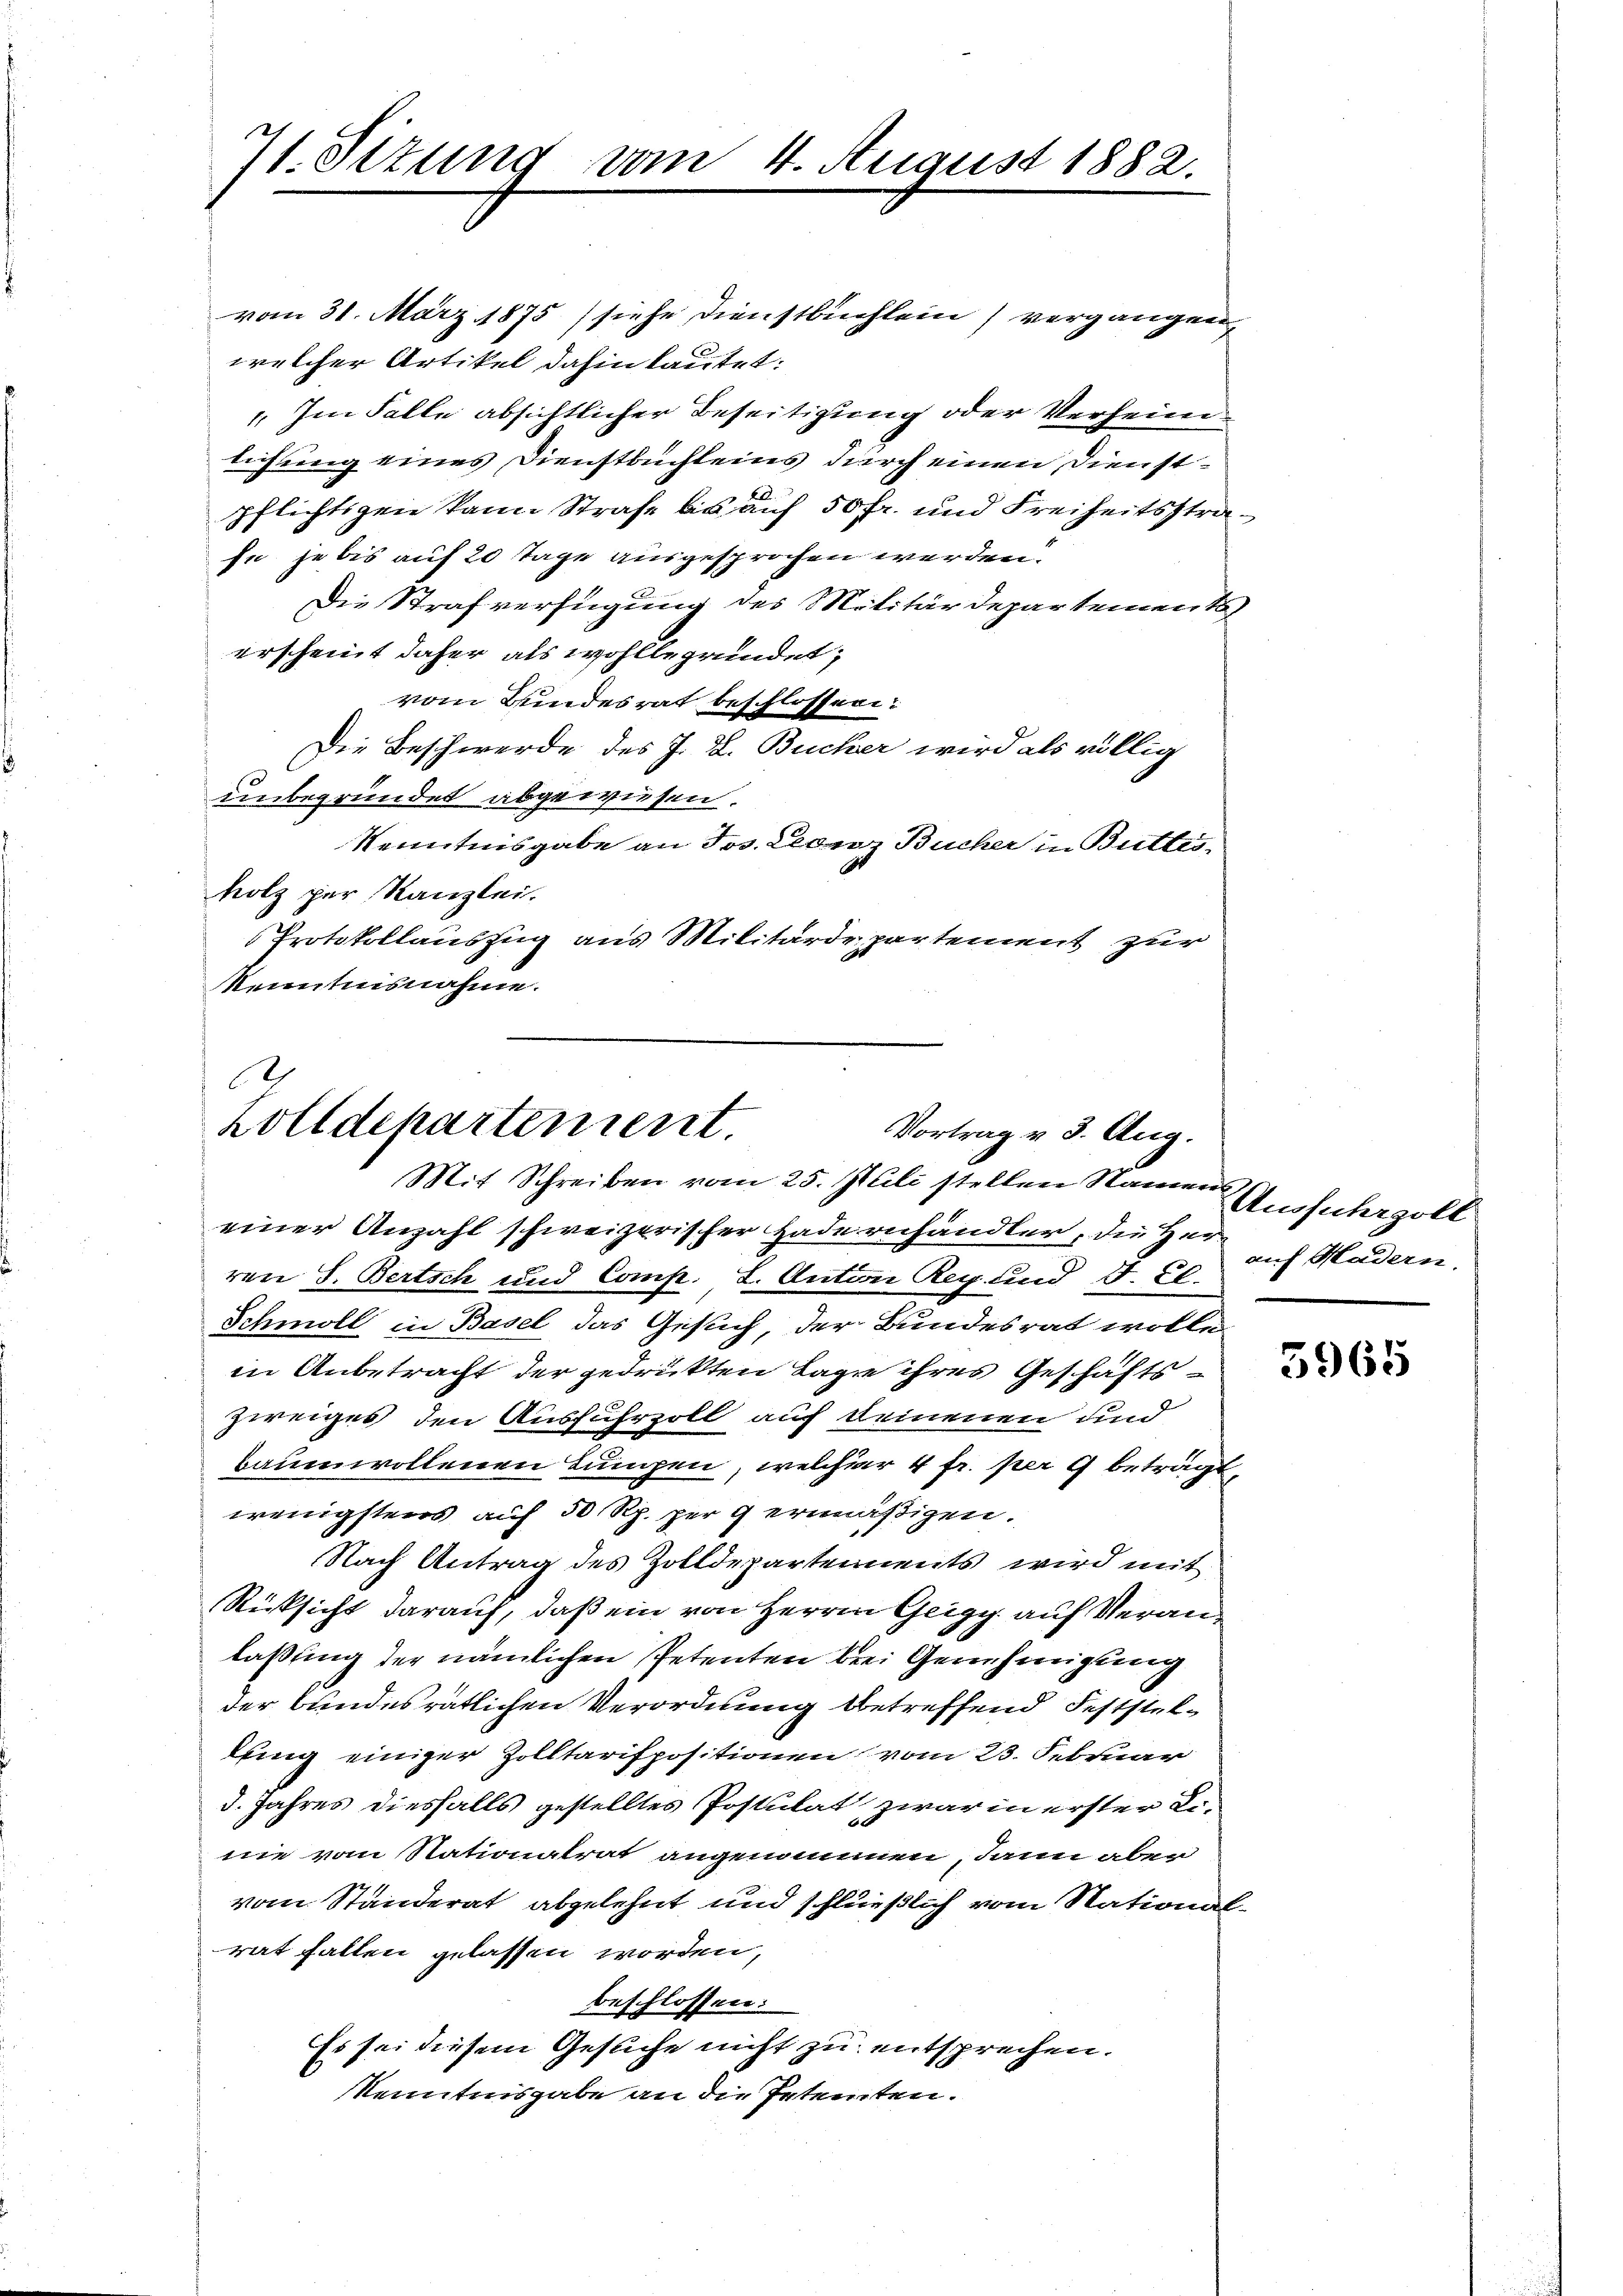
71. Sizung vom 4. August 1882.

vom 31. März 1875 (siehe Dienstbuchlein vergangen
welcher Artikel dahin lautet:
 Im Falle absichtlicher Beseitigung oder Verheim
lichung eines Dienstbuchleins durch einen Dienstpflichtigen kann Strafe bis auf 50 fr. und Freiheitsstrase je bis auf 20 Tage ausgesprochen werden.
Die Strafverfügung des Militärdepartements
erscheint daher als wohlbegründet;
vom Bundesrat beschlossen:
Die Beschwerde des J. L. Bucher wird als völlig
unbegründet abgewiesen.
Kenntnisgabe an Jos. Leonz Bucher in Buttes-
holz per Kanzlei.
Protokollauszug aus Militärdepartement zur
kenntnisnahme.

einer Anzahl schweizerischer Hadernhändler, die Her-
ven S. Bertsch und Comp. I. Anton Reg. und V. Cl.
Schmoll in Basel das Gesuch, der Bundesrat wolle
in Anbetracht der gedruckten Lage ihres Geschäftszweiges den Ausfuhrzoll auf Deinenen und
baumwollenen Lumpen, welcher 4 fr. per 9 beträgt
wenigstens auf 50 Rp. per 9 ermäßigen.
Nach Antrag des Zolldepartements wird mit
Rücksicht darauf, daß ein von Herren Geigy auf Veranlassung der nämlichen Petenten brei Genehmigung
der bundesrätlichen Verordnung betreffend Feststellling einiger Zolltarispositionen vom 23. Februar
3. Jahres diesfalls gestelltes Postulat zwar in erster Dinie vom Stationalrat angenommen, dann aber
vom Ständerat abgelehnt und schließlich vom Nationalrat fallen gelassen worden,
beschlossen:
Es sei diesem Gesuche nicht zu entsprechen.
Kenntnisgabe an die Petenten.

2
holldepartement.
Vortrag v. 3. Aug.
Mit Schreiben vom 25. Juli stellen Namen

Ausfuhrzoll
auf Hadern.

5965